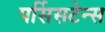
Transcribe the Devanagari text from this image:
पर्सिसटेन्स